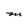
Character: M